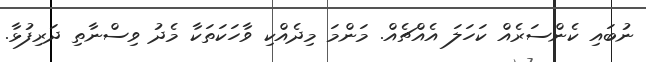
ނުބައި ކެންސަރެއް ކަހަލަ އެއްޗެއް. މަންމަ މިދެއްކި ވާހަކަތަކާ މެދު ވިސްނާތި ދަރިފުޅާ.